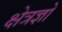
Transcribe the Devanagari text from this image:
क्षेत्रज्ञो